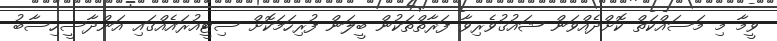
ވީމާ މި މަސައްކަތް ކޮށްދެއްވަން ޝައުޤުވެރިވާ ފަރާތްތަކުން ބީލަން ފުރިހަމަކޮށް ސިޓީއުރައެއްގައި އަންދާސީހިސާބު